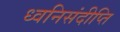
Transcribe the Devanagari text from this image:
ध्वनिसंदीप्ति